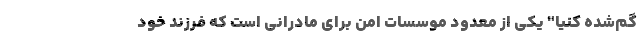
گم‌شده کنیا" یکی از معدود موسسات امن برای مادرانی است که فرزند خود